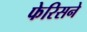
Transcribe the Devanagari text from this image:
फेरिसने